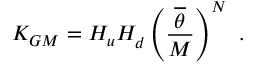
K _ { G M } = H _ { u } ^ { } H _ { d } ^ { } \left( { \frac { \overline { { \theta } } } { M } } \right) ^ { N } \ .